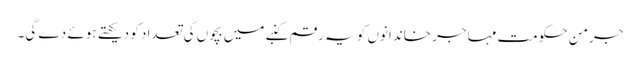
جرمن حکومت مہاجر خاندانوں کو یہ رقم کنبے میں بچوں کی تعداد کو دیکھتے ہوئے دے گی۔